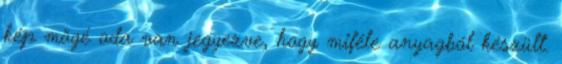
kép mögé oda van jegyezve, hogy miféle anyagból készült.